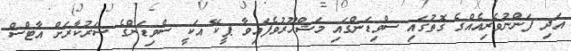
އަދި ފަންނުވެރިއެއްގެ ގޮތުގައި ސްވިޑަންގައި މަޝްހޫރުވެފައިވާ ޕީކޭ އަކީ ސްވިޑަންގެ ސަރުކާރަށް އާޓްސް